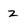
Character: 2